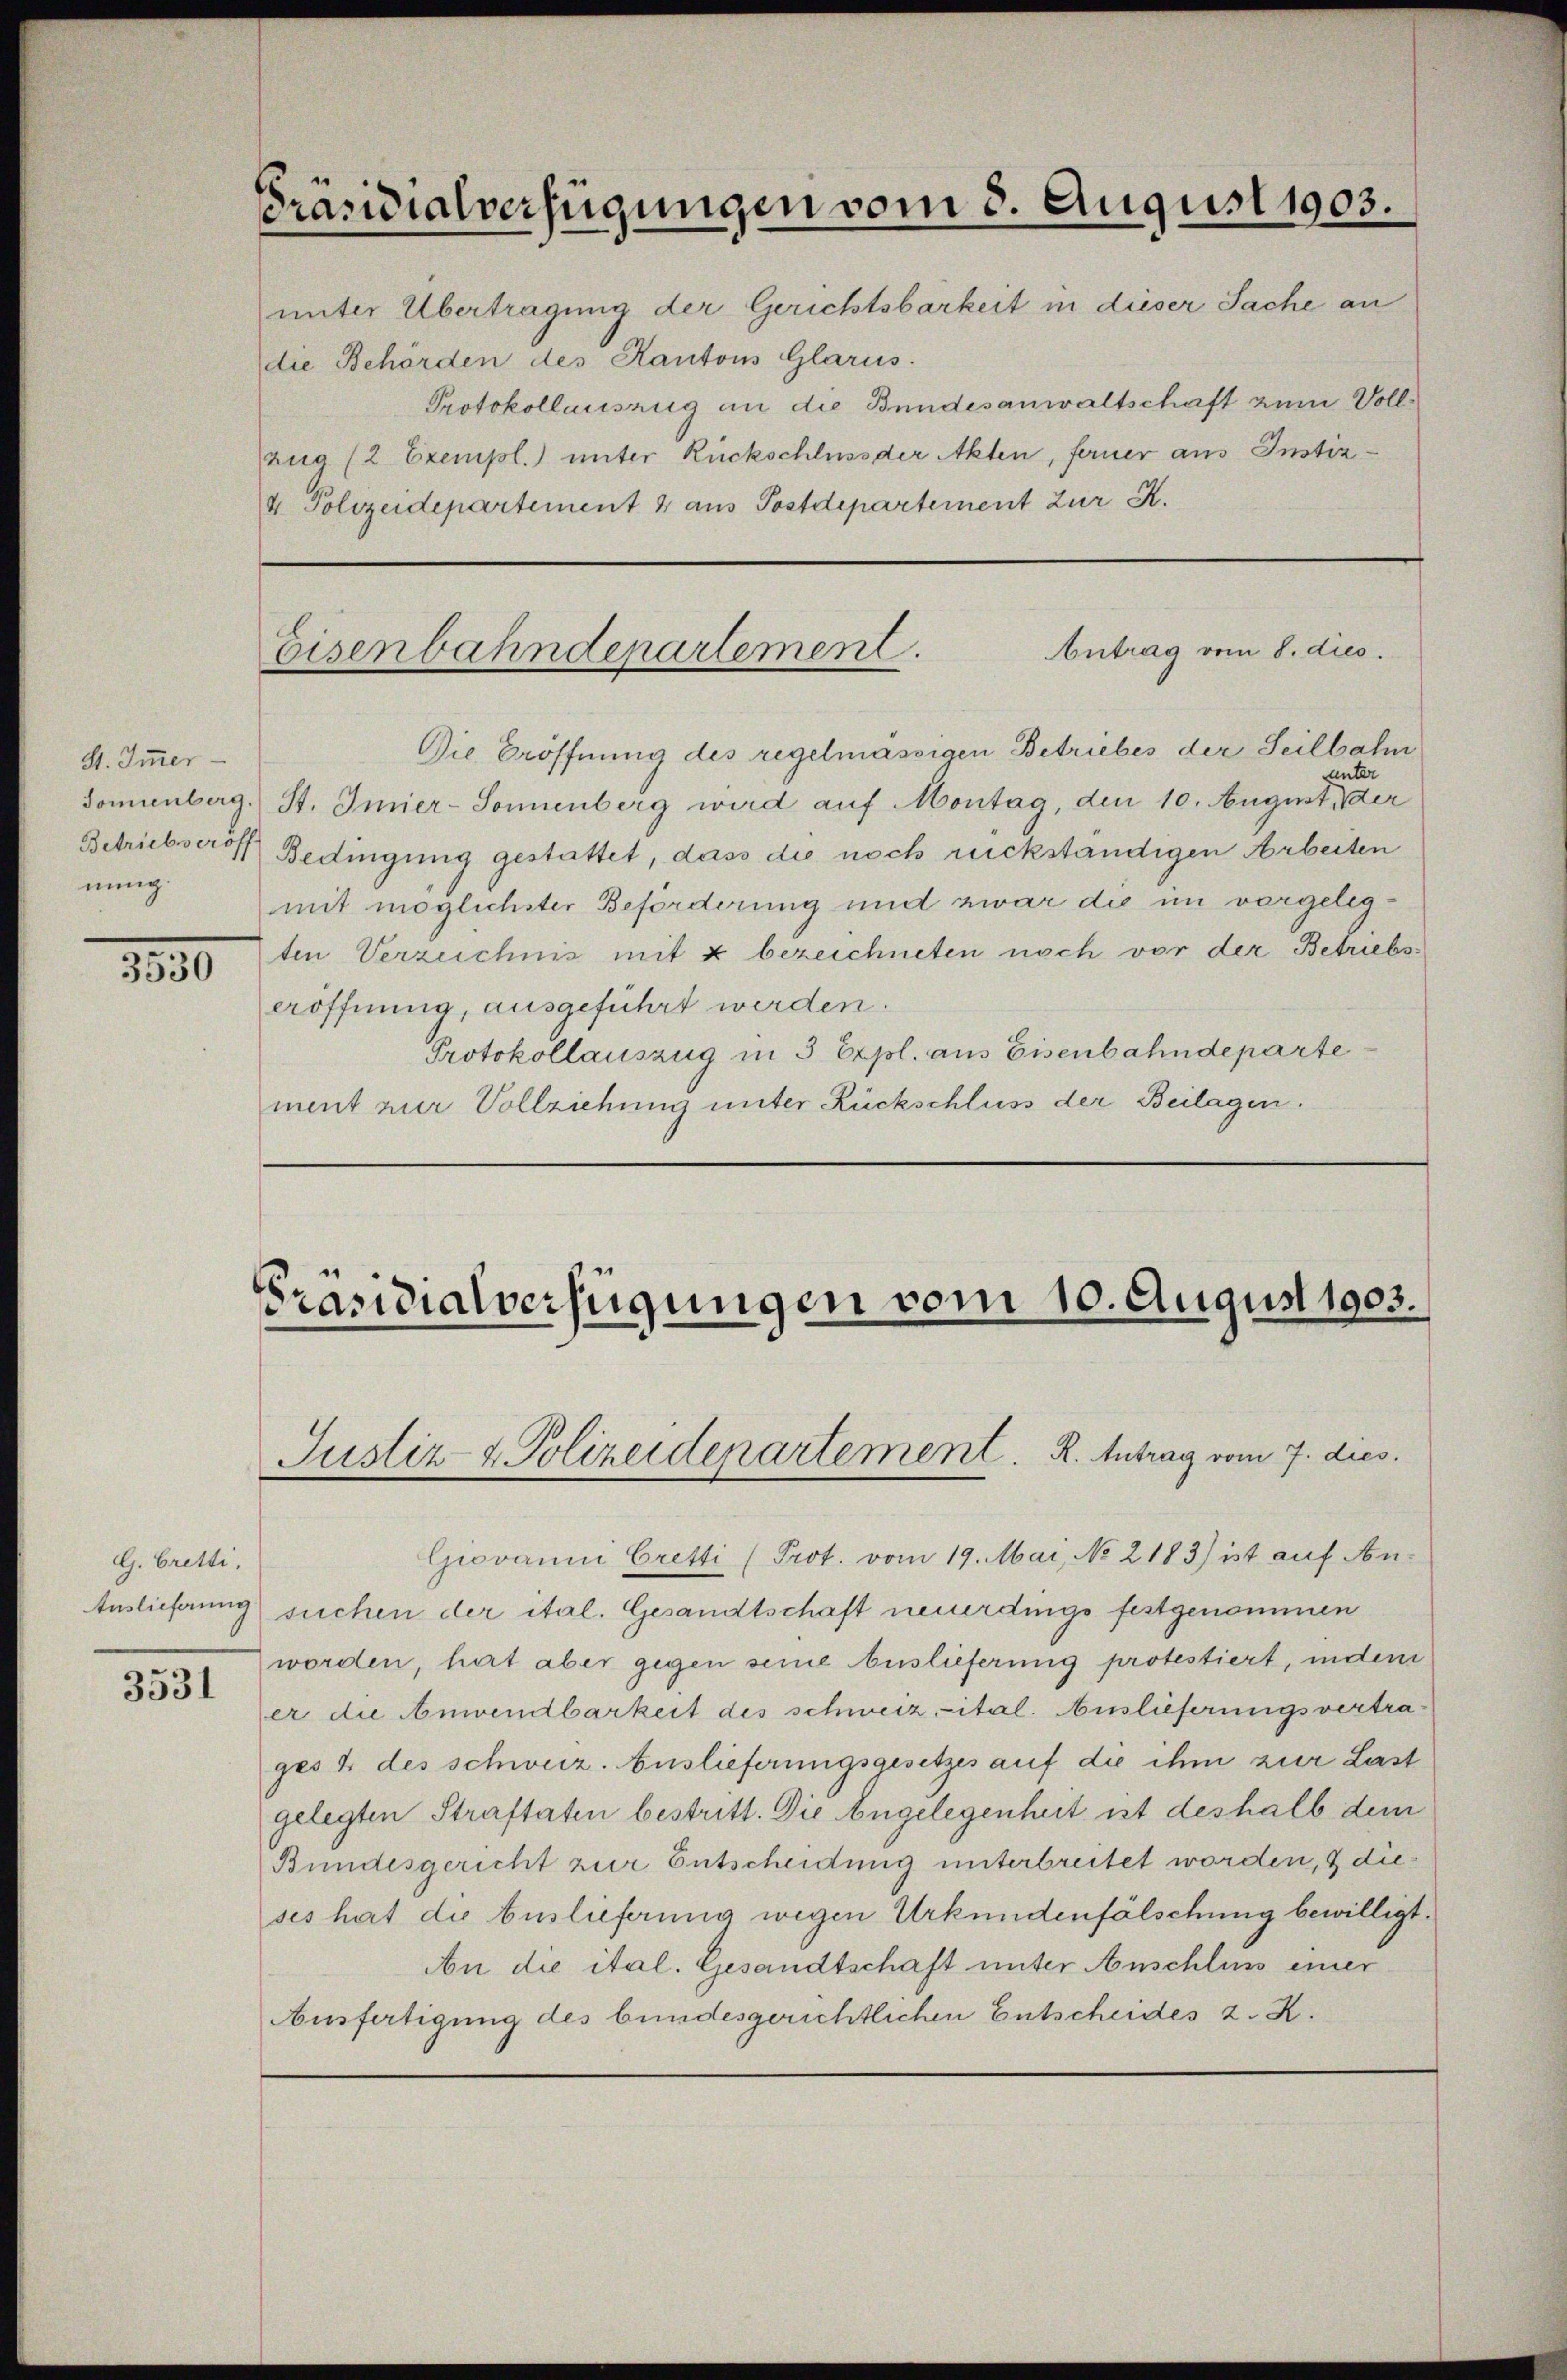
1830

G. Bretti.
3531

Präsidialverfügungen vom 3. August 1903.

unter Übertragung der Gerichtsbarkeit in dieser Sache an
die Behörden des Kantons Glarus.
Protokollauszug an die Bundesanwaltschaft zum Voll¬
Zug (2 Exempl.) unter Rückschluss der Akten, ferner aus Instiz¬
4 Polizeidepartement 2 aus Postdepartement zur K.

S. Immer
nung.

Antrag vom 8. dies.
Eisenbahndepartement.

Die Eröffnung des regelmässigen Betriebes der Seilbahn
unter
Sommenberg. St. Imier-Sonnenberg wird auf Montag, den 10. August der
Betriebseroff Bedingung gestattet, dass die noch rückständigen Arbeiten
mit möglichster Beförderung und zwar die im vergelegten Verzeichnis mit 2 bezeichneten noch vor der Betriebseröffnung, ausgeführt werden.
Protokollauszug in 3 Expl. aus Eisenbahndepartement zur Vollziehung unter Rückschluss der Beilagen.

Giovanni Cretti (Prot. vom 19. Mai, No 2183) ist auf An-
Auslieferung suchen der ital. Gesandtschaft neuerdings festgenommen
worden, hat aber gegen seine Auslieferung protestiert, indem
er die Anwendbarkeit des schweiz ital. Auslieferungsvertrages 4 des schweiz. Auslieferungsgesetzes auf die ihm zur Last
gelegten Straftaten bestritt. Die Angelegenheit ist deshalb dem
Bundesgericht zur Entscheidung unterbreitet worden, & dieses hat die Auslieferung wegen Urkundenfälschung bewilligt.
An die ital. Gesandtschaft unter Anschluss einer
Ausfertigung des bundesgerichtlichen Entscheides z. K.

Präsidialverfügungen vom 10. August 1903.
Justiz- & Polizeidenartement. R. Antrag vom 7. dies.